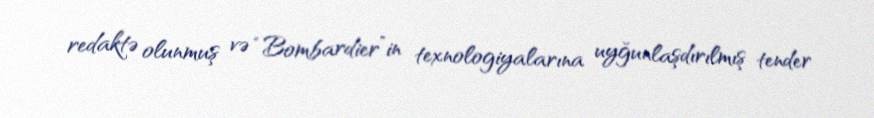
redaktə olunmuş və “Bombardier”in texnologiyalarına uyğunlaşdırılmış tender